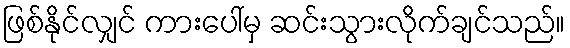
ဖြစ်နိုင်လျှင် ကားပေါ်မှ ဆင်းသွားလိုက်ချင်သည်။